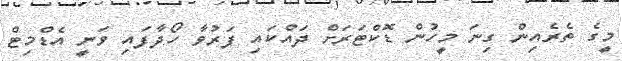
މީގެ ތެރެއިން ގިނަ މީހުން ޑޮކްޓަރަށް ދައްކައި ފަރުވާ ހޯދާފައި ވަނީ އެޑްމިޓް